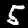
Label: 5